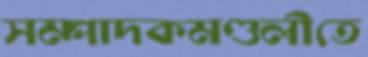
সম্পাদকমণ্ডলীতে